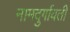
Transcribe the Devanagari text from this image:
नामदुर्गावती